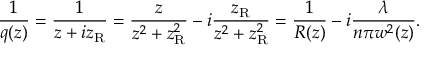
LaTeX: { \frac { 1 } { q ( z ) } } = { \frac { 1 } { z + i z _ { \mathrm { R } } } } = { \frac { z } { z ^ { 2 } + z _ { \mathrm { R } } ^ { 2 } } } - i { \frac { z _ { \mathrm { R } } } { z ^ { 2 } + z _ { \mathrm { R } } ^ { 2 } } } = { \frac { 1 } { R ( z ) } } - i { \frac { \lambda } { n \pi w ^ { 2 } ( z ) } } .